Civil Veterinary Department Bihar & Orissa reports 1922-29 - 1922-1929
Year: 1922
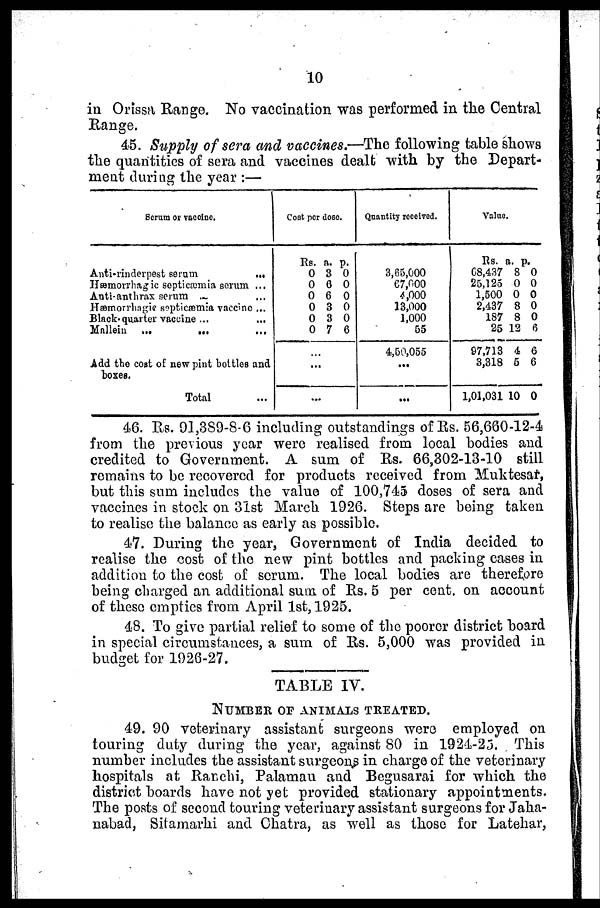
10
in Orissa Range. No vaccination was performed in the Central
Range.
45. Supply of sera and vaccines.—The following table shows
the quantities of sera and vaccines dealt with by the Depart-
ment during the year :—
Serum or vaccine.
Anti-rinderpest serum
...
Hæmorrhagic septicæmia scrum ...
Anti-anthrax serum ...
Hæmorrhagie septicæmia vaccine ...
Black-quarter vaccine ... ...
Mallein ...
...
...
Add the cost of new pint bottles and
boxes.
Total
Cost per dose.
Rs.
0
0
0
0
0
0
a.
3
6
6
3
3
7
p.
0
0
0
0
0
6
...
...
Quantity received.
3,65,000
67,000
4,000
13,000
1,000
55
4,50,055
...
...
Value.
Rs. a
68,437
25,125
1,500
2,437
187
25
97,713
3,318
1,01,031
. p
8
0
0
8
8
12
4
5
10
.
0
0
0
0
0
6
6
6
0
46. Rs. 91,389-8-6 including outstandings of Rs. 56,660-12-4
from the previous year were realised from local bodies and
credited to Government. A sum of Rs. 66,302-13-10 still
remains to be recovered for products received from Muktesar,
but this sum includes the value of 100,745 doses of sera and
vaccines in stock on 31st March 1926. Steps are being taken
to realise the balance as early as possible.
47. During the year, Government of India decided to
realise the cost of the new pint bottles and packing cases in
addition to the cost of serum. The local bodies are therefore
being charged an additional sum of Rs. 5 per cent, on account
of these empties from April 1st, 1925.
48. To give partial relief to some of the poorer district hoard
in special circumstances, a sum of Rs. 5,000 was provided in
budget for 1926-27.
TABLE IV.
NUMBER OF ANIMALS TREATED.
49. 90 veterinary assistant surgeons were employed on
touring duty during the year, against 80 in 1924-23. This
number includes the assistant surgeon,s in charge of the veterinary
hospitals at Ranchi, Palamau and Begusarai for which the
district boards have not yet provided stationary appointments.
The posts of second touring veterinary assistant surgeons for Jaha-
nabad, Sitamarhi and Ohatra, as well as those for Latehar,